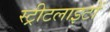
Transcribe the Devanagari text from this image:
स्‍ट्रीटलाइटों